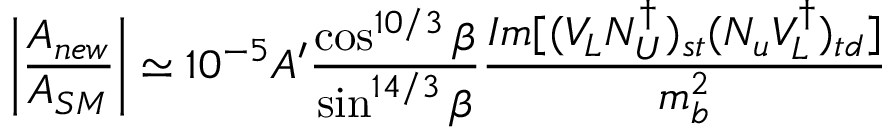
\bigg | { \frac { { \cal A } _ { n e w } } { { \cal A } _ { S M } } } \bigg | \simeq 1 0 ^ { - 5 } A ^ { \prime } { \frac { \cos ^ { 1 0 / 3 } \beta } { \sin ^ { 1 4 / 3 } \beta } } { \frac { I m [ ( V _ { L } N _ { U } ^ { \dagger } ) _ { s t } ( N _ { u } V _ { L } ^ { \dagger } ) _ { t d } ] } { m _ { b } ^ { 2 } } }